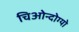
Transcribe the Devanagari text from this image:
चिओन्दोग्यो